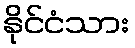
နိုင်ငံသား